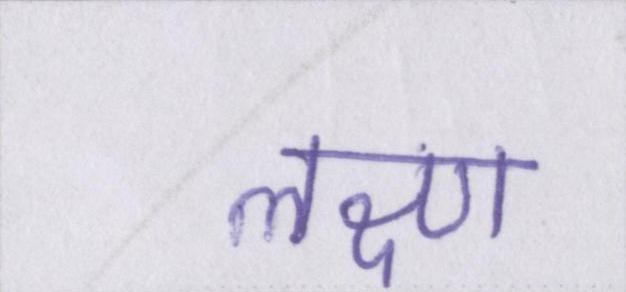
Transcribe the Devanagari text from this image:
लक्ष्ण